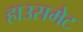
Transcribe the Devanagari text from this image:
हाउसमेट